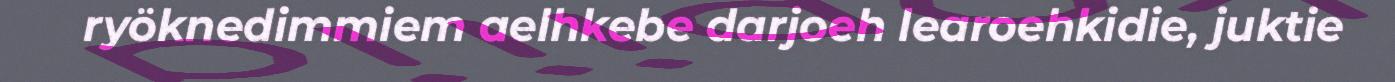
ryöknedimmiem aelhkebe darjoeh learoehkidie, juktie